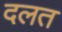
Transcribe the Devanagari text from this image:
दलत